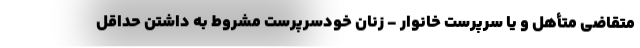
متقاضی متأهل و یا سرپرست خانوار - زنان خودسرپرست مشروط به داشتن حداقل